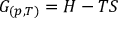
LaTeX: G _ { ( p , T ) } = H - T S